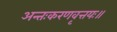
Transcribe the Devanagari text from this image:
अन्तःकरणवृत्तयः॥